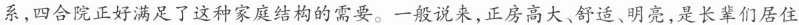
系，四合院正好满足了这种家庭结构的需要。一般说来，正房高大、舒适、明亮，是长辈们居住